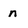
Character: n